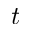
t